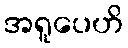
အရူပေဟိ